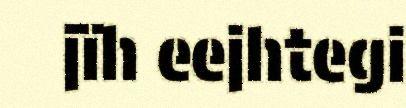
jïh eejhtegi